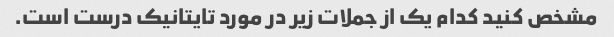
مشخص کنید کدام یک از جملات زیر در مورد تایتانیک درست است.